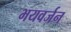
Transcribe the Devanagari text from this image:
भयवर्जन